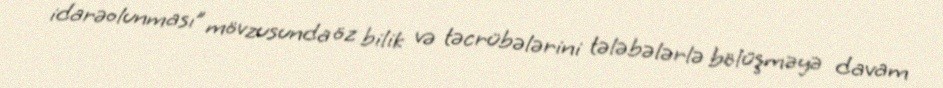
idarəolunması” mövzusunda öz bilik və təcrübələrini tələbələrlə bölüşməyə davam